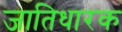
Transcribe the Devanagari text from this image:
जातिधारक